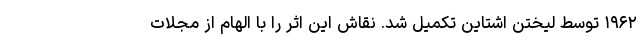
۱۹۶۲ توسط لیختن اشتاین تکمیل شد. نقاش این اثر را با الهام از مجلات